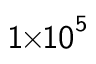
\mathsf { 1 } \! \! \times \! \! \mathsf { 1 0 } ^ { \mathsf { 5 } }